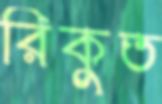
রিকুত